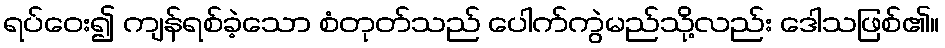
ရပ်ဝေး၍ ကျန်ရစ်ခဲ့သော စံတုတ်သည် ပေါက်ကွဲမည်သို့လည်း ဒေါသဖြစ်၏။